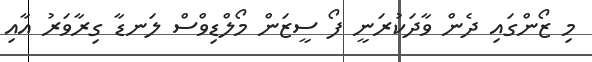
މި ޒޯންގައި ދެން ވާދަކުރަނީ ފޯ ސީޒަން މޯލްޑިވްސް ލަނޑާ ގިރާވަރު އާއި